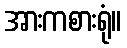
အားကစားရုံ။